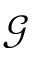
\mathcal { G }